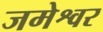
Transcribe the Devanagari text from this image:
जमेश्वर